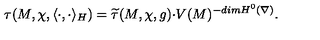
\tau ( M , \chi , \langle \cdot , \cdot \rangle _ { H } ) = \widetilde { \tau } ( M , \chi , g ) { \cdot } V ( M ) ^ { - d i m H ^ { 0 } ( \nabla ) } .